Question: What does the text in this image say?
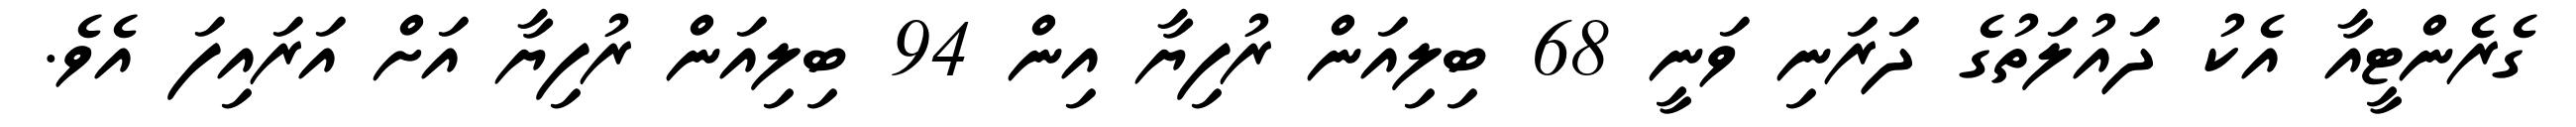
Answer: ގެރެންޓީއާ އެކު ދައުލަތުގެ ދަރަނި ވަނީ 68 ބިލިއަން ރުފިޔާ އިން 94 ބިލިއަން ރުފިޔާ އަށް އަރައިފަ އެވެ.